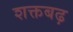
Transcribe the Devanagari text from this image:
शक्तबढ़